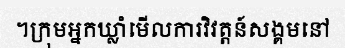
។ក្រុមអ្នកឃ្លាំមើលការវិវត្តន៍សង្គមនៅ